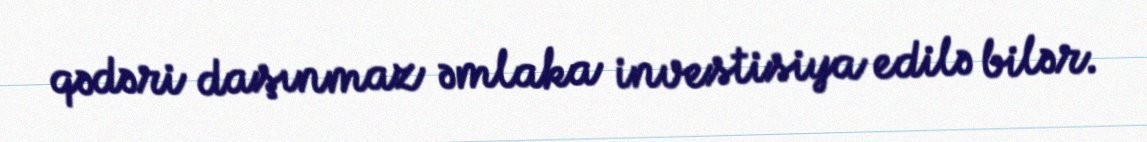
qədəri daşınmaz əmlaka investisiya edilə bilər.